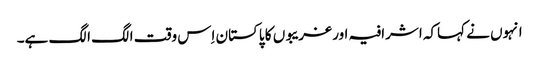
انہوں نے کہاکہ اشرافیہ اور غریبوں کا پاکستان اِس وقت الگ الگ ہے۔